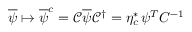
{ \overline { { \psi } } } \mapsto { \overline { { \psi } } } ^ { c } = { \mathcal { C } } { \overline { { \psi } } } { \mathcal { C } } ^ { \dagger } = \eta _ { c } ^ { * } \, \psi ^ { T } C ^ { - 1 }